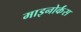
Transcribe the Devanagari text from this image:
माइनोर्कंस